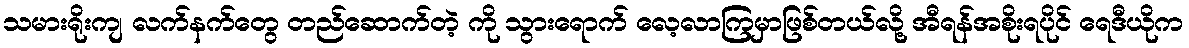
သမားရိုးကျ လက်နက်တွေ တည်ဆောက်တဲ့ ကို သွားရောက် လေ့လာကြမှာဖြစ်တယ်လို့ အီရန်အစိုးရပိုင် ရေဒီယိုက